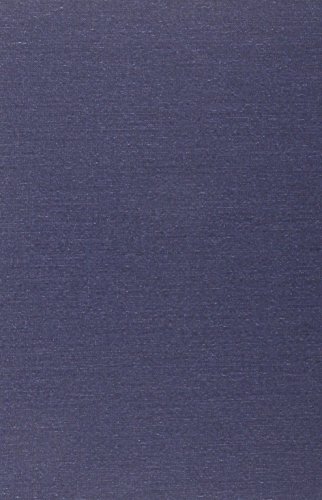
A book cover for A Study in Scarlet; Arthur Conan Doyle; Comics & Graphic Novels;